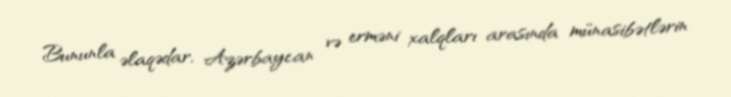
Bununla əlaqədar, Azərbaycan və erməni xalqları arasında münasibətlərin